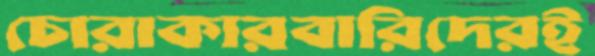
চোরাকারবারিদেরই